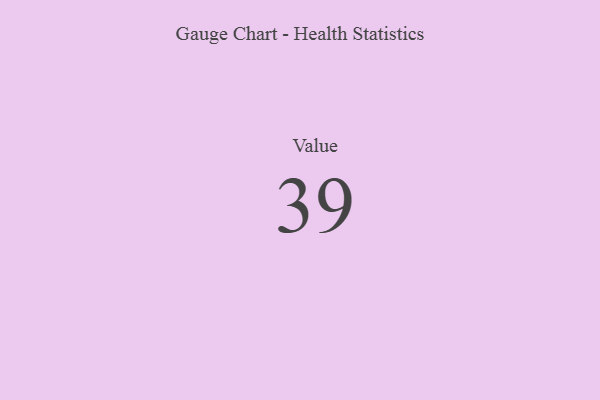
{"axis": {"x": "Metric", "y": "Value"}, "legend": [""], "data": [{"x": "Value", "y": 39, "type": ""}]}